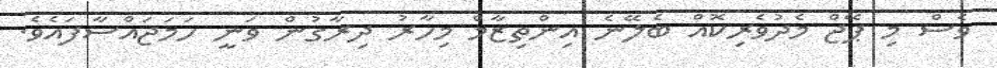
ވެސް މި ޕޭޖް މެދުވެރިކޮއް ބެލޭނެ އިންތިޒާމް މިހާރު ދިރާގުން ވަނީ ހަމަޖައްސާފައެވެ.